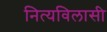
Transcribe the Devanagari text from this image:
नित्यविलासी